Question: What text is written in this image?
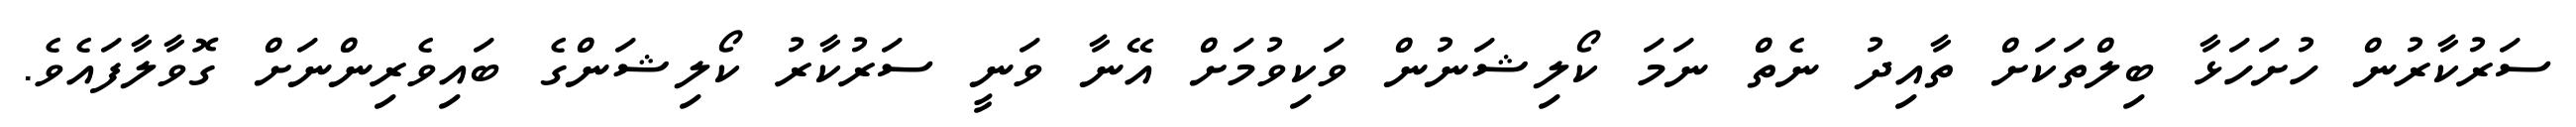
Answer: ސަރުކާރުން ހުށަހަޅާ ބިލްތަކަށް ތާއިދު ނެތް ނަމަ ކޯލިޝަނުން ވަކިވުމަށް އޭނާ ވަނީ ސަރުކާރު ކޯލިޝަންގެ ބައިވެރިންނަށް ގޮވާލާފައެވެ.